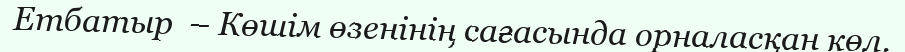
Етбатыр  – Көшім өзенінің сағасында орналасқан көл.